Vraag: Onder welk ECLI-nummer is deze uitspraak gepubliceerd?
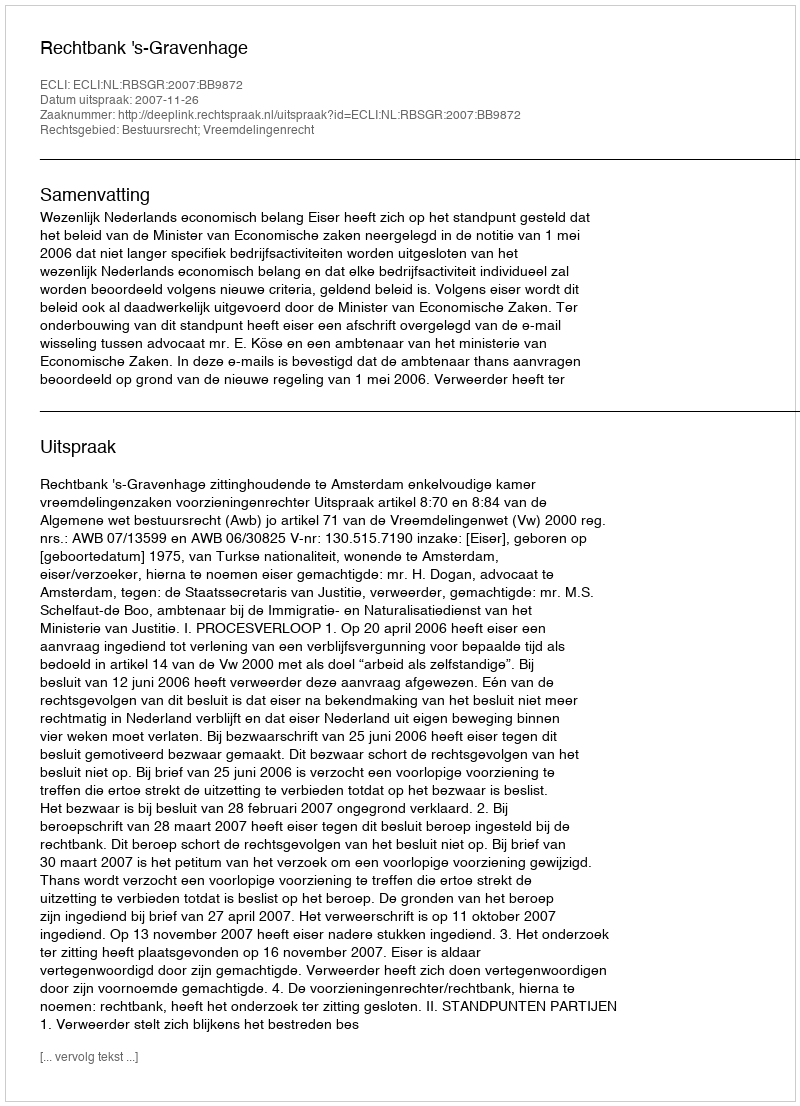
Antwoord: ECLI:NL:RBSGR:2007:BB9872